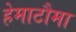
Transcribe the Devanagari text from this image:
हेमाटौमा